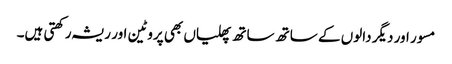
مسور اور دیگر دالوں کے ساتھ ساتھ پھلیاں بھی پروٹین اور ریشہ رکھتی ہیں۔